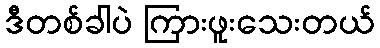
ဒီတစ်ခါပဲ ကြားဖူးသေးတယ်